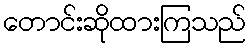
တောင်းဆိုထားကြသည်